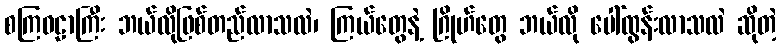
စကြဝဠာကြီး ဘယ်လိုဖြစ်တည်လာသလဲ၊ ကြယ်တွေနဲ့ ဂြိုဟ်တွေ ဘယ်လို ပေါ်ထွန်းလာသလဲ ဆိုတဲ့